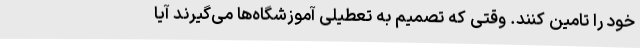
خود را تامین کنند. وقتی که تصمیم به تعطیلی آموزشگاه‌ها می‌گیرند آیا